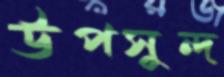
উপসুন্দ